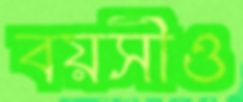
বয়সীও